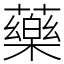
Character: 藥